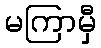
မကြာမှီ